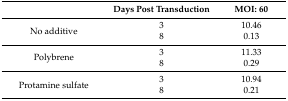
<table><thead><tr><td></td><td><b>Days Post Transduction</b></td><td><b>MOI: 60</b></td></tr></thead><tbody><tr><td rowspan="2">No additive</td><td>3</td><td>10.46</td></tr><tr><td>8</td><td>0.13</td></tr><tr><td rowspan="2">Polybrene</td><td>3</td><td>11.33</td></tr><tr><td>8</td><td>0.29</td></tr><tr><td rowspan="2">Protamine sulfate</td><td>3</td><td>10.94</td></tr><tr><td>8</td><td>0.21</td></tr></tbody></table>